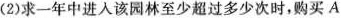
(2)求一年中进入该园林至少超过多少次时，购买A